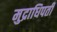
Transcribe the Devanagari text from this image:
मुद्राधिपती